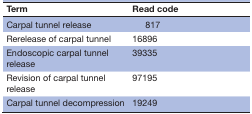
| Term | Read code |
 | --- | --- |
 | Carpal tunnel release | 817 |
 | Rerelease of carpal tunnel | 16896 |
 | Endoscopic carpal tunnel release | 39335 |
 | Revision of carpal tunnel release | 97195 |
 | Carpal tunnel decompression | 19249 |